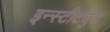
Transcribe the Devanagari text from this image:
इन्स्टीट्युट